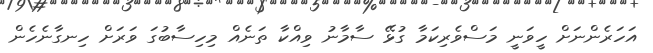
އަހަރެންނަށް ހީވަނީ މަސްވެރިކަމާ ގުޅޭ ސާމާނު ވިއްކާ ތަނެއް މިހިސާބުގަ ވަރަށް ހިނގާނެހެން